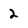
Character: 2